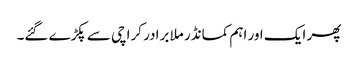
پھر ایک اور اہم کمانڈر ملا برادر کراچی سے پکڑے گئے۔